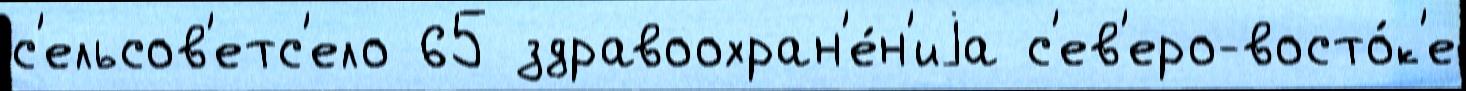
с'ельсов'етс'ело 65 здравоохран'е́н'иjа с'ев'еро-восто́к'е